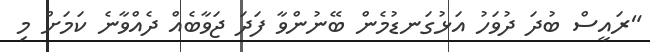
"ރައީސް ބުދަ ދުވަހު އަޅުގަނޑުމެން ބޭނުންވާ ފަދަ ޖަވާބެއް ދެއްވާނެ ކަމަށް މި